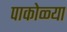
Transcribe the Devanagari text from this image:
पाकोळ्या